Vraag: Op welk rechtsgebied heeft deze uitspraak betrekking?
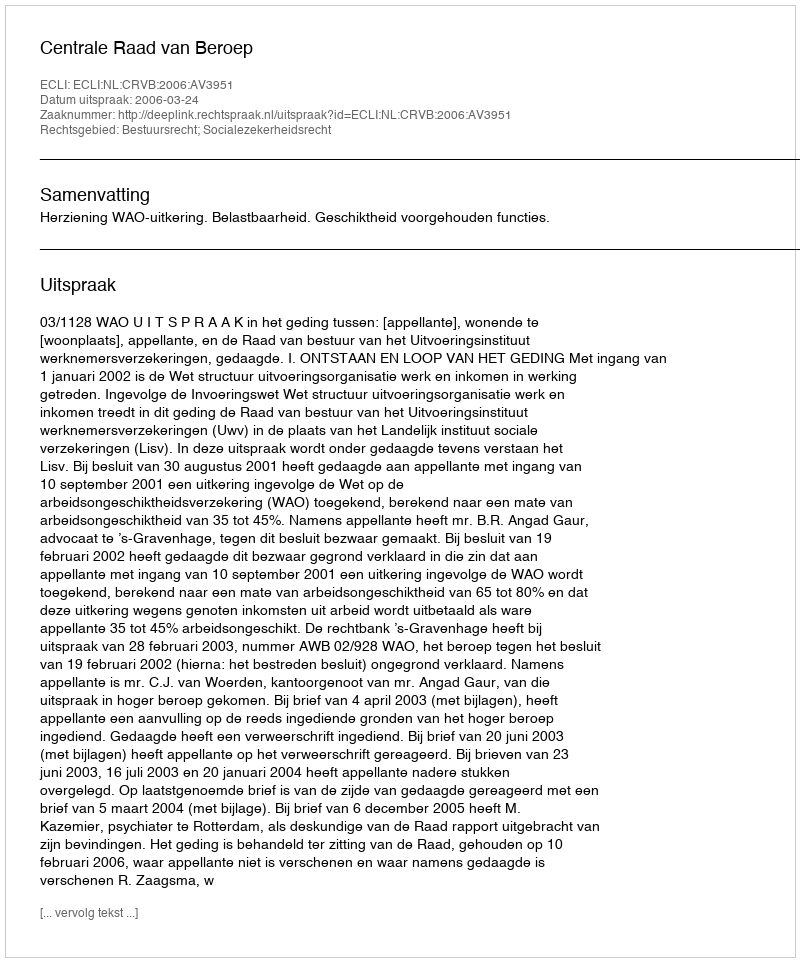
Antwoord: Bestuursrecht; Socialezekerheidsrecht